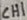
Text: CH1